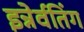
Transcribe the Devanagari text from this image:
इन्नेर्वतिंग